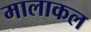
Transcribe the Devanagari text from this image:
मालाकल